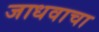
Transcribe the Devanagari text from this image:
जाधवाचा